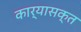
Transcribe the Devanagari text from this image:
कार्यासक्त